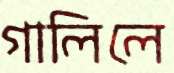
গালিলে